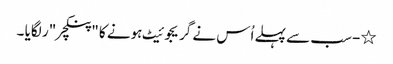
٭- سب سے پہلے اُس نے گریجوئیٹ ہونے کا "پنکچر "ر لگایا ۔